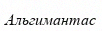
Альгимантас